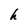
Character: h